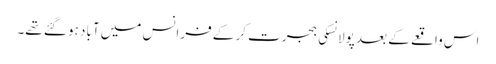
اس واقعے کے بعد پولانسکی ہجرت کر کے فرانس میں آباد ہو گئے تھے۔